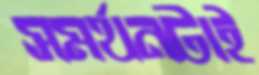
সমর্থনটাই